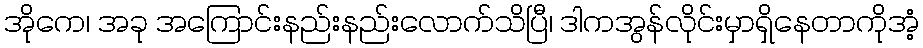
အိုကေ၊ အခု အကြောင်းနည်းနည်းလောက်သိပြီ၊ ဒါကအွန်လိုင်းမှာရှိနေတာကိုအံ့